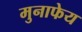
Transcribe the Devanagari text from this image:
मुनाफेय